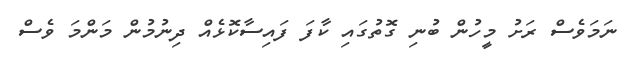
ނަމަވެސް ރަށު މީހުން ބުނި ގޮތުގައި ކާފަ ފައިސާކޮޅެއް ދިނުމުން މަންމަ ވެސް